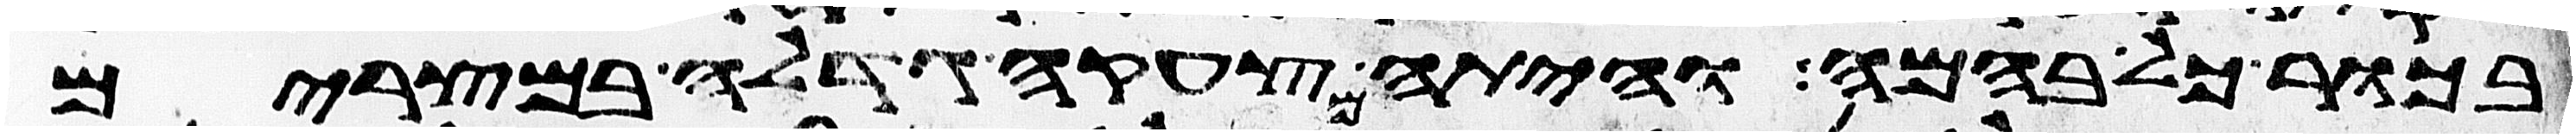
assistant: בכור כל בהמה והיתה צעקה גדלה במצרים